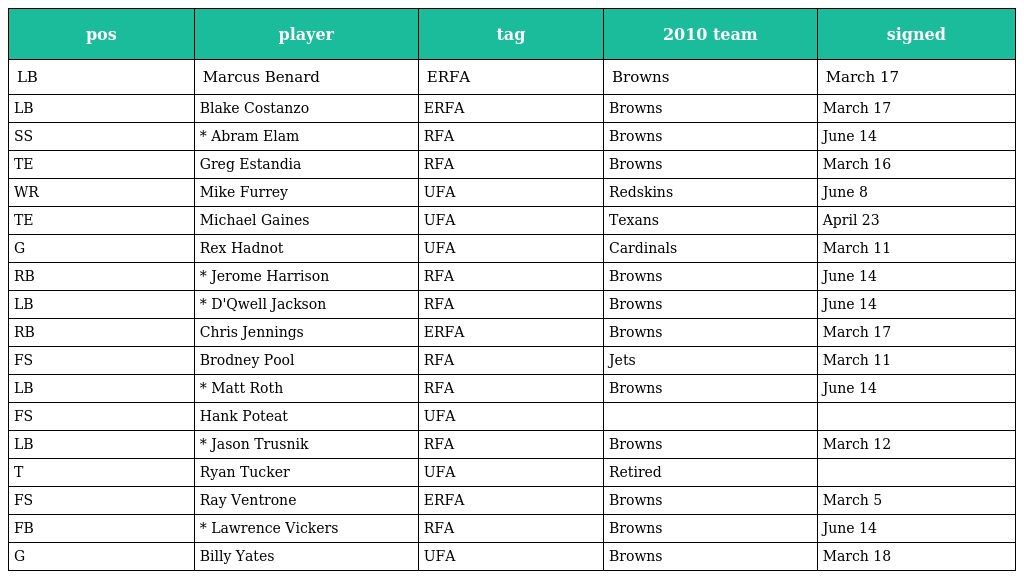
| pos | player | tag | 2010 team | signed |
 | --- | --- | --- | --- | --- |
 | LB | Marcus Benard | ERFA | Browns | March 17 |
 | LB | Blake Costanzo | ERFA | Browns | March 17 |
 | SS | * Abram Elam | RFA | Browns | June 14 |
 | TE | Greg Estandia | RFA | Browns | March 16 |
 | WR | Mike Furrey | UFA | Redskins | June 8 |
 | TE | Michael Gaines | UFA | Texans | April 23 |
 | G | Rex Hadnot | UFA | Cardinals | March 11 |
 | RB | * Jerome Harrison | RFA | Browns | June 14 |
 | LB | * D'Qwell Jackson | RFA | Browns | June 14 |
 | RB | Chris Jennings | ERFA | Browns | March 17 |
 | FS | Brodney Pool | RFA | Jets | March 11 |
 | LB | * Matt Roth | RFA | Browns | June 14 |
 | FS | Hank Poteat | UFA |  |  |
 | LB | * Jason Trusnik | RFA | Browns | March 12 |
 | T | Ryan Tucker | UFA | Retired |  |
 | FS | Ray Ventrone | ERFA | Browns | March 5 |
 | FB | * Lawrence Vickers | RFA | Browns | June 14 |
 | G | Billy Yates | UFA | Browns | March 18 |